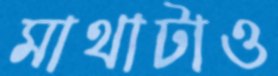
মাথাটাও